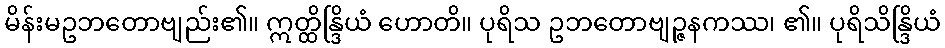
မိန်းမဥဘတောဗျည်း၏။ ဣတ္ထိန္ဒြိယံ ဟောတိ။ ပုရိသ ဥဘတောဗျဉ္ဇနကဿ၊ ၏။ ပုရိသိန္ဒြိယံ